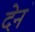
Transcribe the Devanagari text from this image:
देनं